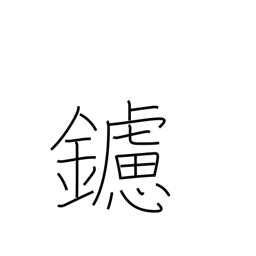
Meaning: rasp